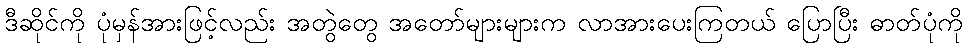
ဒီဆိုင်ကို ပုံမှန်အားဖြင့်လည်း အတွဲတွေ အတော်များများက လာအားပေးကြတယ် ပြောပြီး ဓာတ်ပုံကို